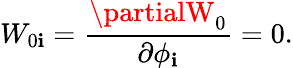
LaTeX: W_{0\mathbf{i}}=\frac{{\partialW_{0}}}{{\partial\phi_{\mathbf{i}}}}=0.